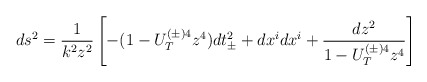
\begin{align*}ds^2 = \frac{1}{k^2 z^2}\left[-(1 - U_T^{(\pm) 4} z^4) dt_{\pm}^2 + dx^i dx^i + \frac{dz^2}{1 - U_T^{(\pm) 4} z^4} \right]\end{align*}